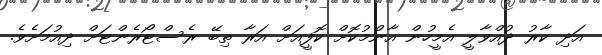
އަދި ކާރު ދުއްވާލީ އެމީހުން އާންމުކޮށް ކޮފީއަށް އަރާ ތިބޭ ރެސްޓޯރެންޓަށް ދިއުމަށެވެ.